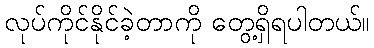
လုပ်ကိုင်နိုင်ခဲ့တာကို တွေ့ရှိရပါတယ်။